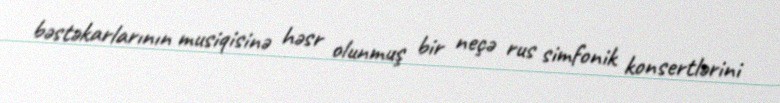
bəstəkarlarının musiqisinə həsr olunmuş bir neçə rus simfonik konsertlərini